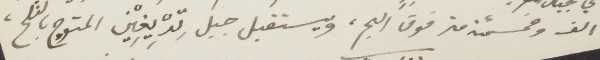
انف وخمسمئة من فوق البحر، ويستقبل جبل تِدْيغِيْن المتوج بالثلج،